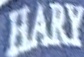
HARY